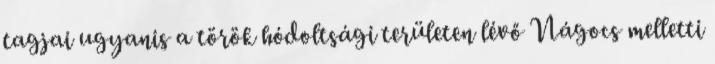
tagjai ugyanis a török hódoltsági területen lévő Nágocs melletti